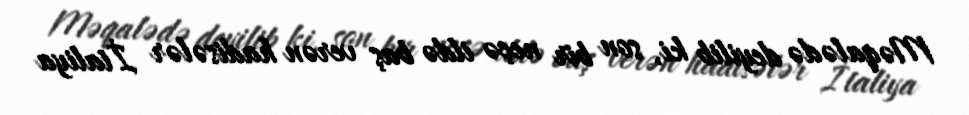
Məqalədə deyilib ki, son bir neçə ildə baş verən hadisələr İtaliya